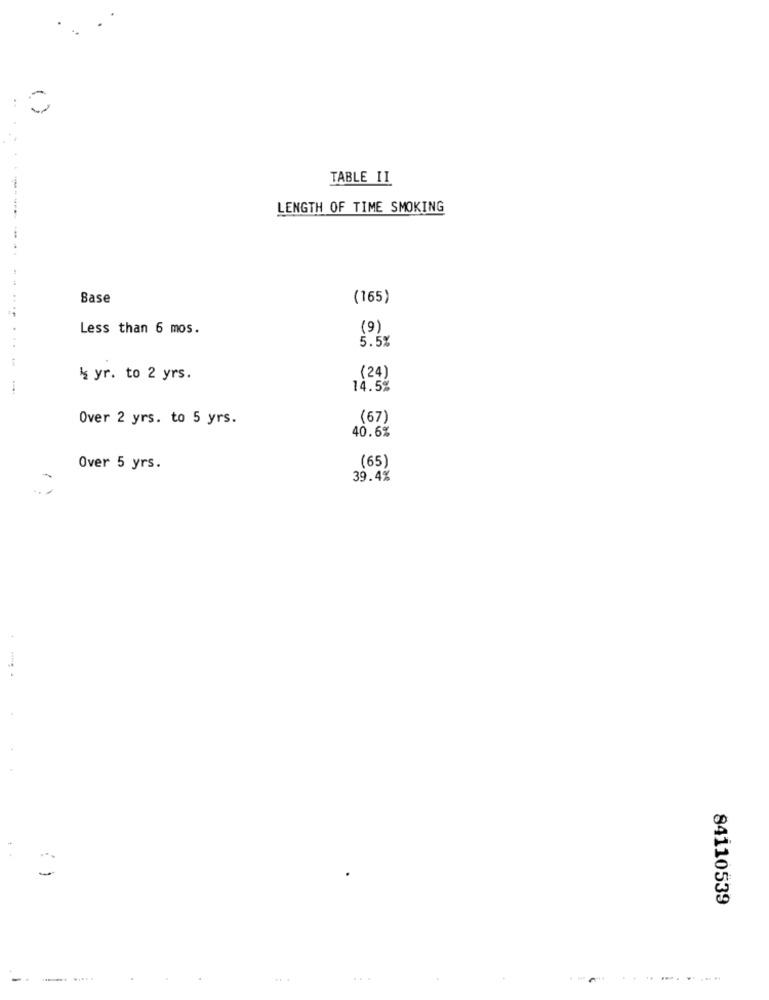
..
TABLE II
LENGTH OF TIME SMOKING
Base
(165)
Less than 6 mos.
(9)
5.5%
4 yr. to 2 yrs.
(24)
14.5%
Over 2 yrs. to 5 yrs.
(67)
40.6%
(65)
Over 5 yrs.
39.4%
84110539
--
...